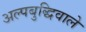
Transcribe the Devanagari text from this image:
अल्पबुद्धिवाले